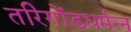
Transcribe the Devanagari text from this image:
तरिगोंडधर्मन्न